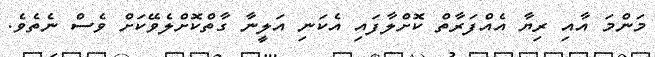
މަންމަ އާއި ރިޔާ އެއްފަރާތް ކޮށްލާފައި އެކަނި އަލީނާ ގާތްކޮށްލެވޭކަށް ވެސް ނެތެވެ.